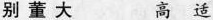
别董大 高适